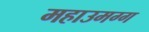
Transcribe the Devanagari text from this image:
महाउमग्ग